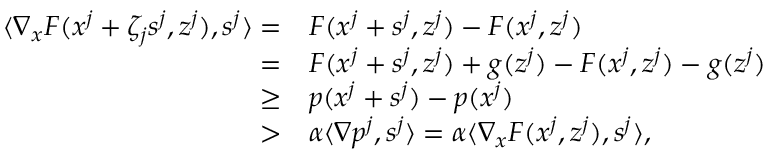
\begin{array} { r l } { \langle \nabla _ { x } F ( x ^ { j } + \zeta _ { j } s ^ { j } , z ^ { j } ) , s ^ { j } \rangle = } & { F ( x ^ { j } + s ^ { j } , z ^ { j } ) - F ( x ^ { j } , z ^ { j } ) } \\ { = } & { F ( x ^ { j } + s ^ { j } , z ^ { j } ) + g ( z ^ { j } ) - F ( x ^ { j } , z ^ { j } ) - g ( z ^ { j } ) } \\ { \geq } & { p ( x ^ { j } + s ^ { j } ) - p ( x ^ { j } ) } \\ { > } & { \alpha \langle \nabla p ^ { j } , s ^ { j } \rangle = \alpha \langle \nabla _ { x } F ( x ^ { j } , z ^ { j } ) , s ^ { j } \rangle , } \end{array}